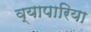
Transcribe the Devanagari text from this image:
व्‍यापारिया